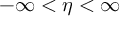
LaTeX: - \infty < \eta < \infty